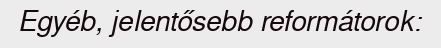
Egyéb, jelentősebb reformátorok: